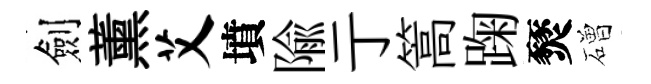
劍薰艾墳隃亍篙踘燹磳